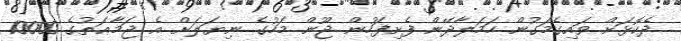
ދެކޮޅަށް ވައިގެމަގުން ހަމަލާދޭން ފެށިފަހުން ޖޫން މަހުގެ ނިޔަލަށް އެ ޖަމާޢަތުގެ 10000